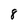
Character: 8